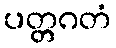
ပတ္တဂတံ